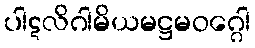
ပါဋလိဂါမိယမဋ္ဌမဝဂ္ဂေါ